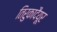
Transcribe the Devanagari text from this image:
तिरुकादैयूर